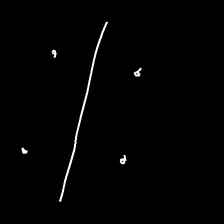
Glyph: cool